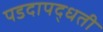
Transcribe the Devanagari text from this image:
पडदापद्धती